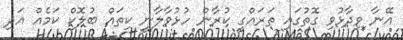
އޭނާ ވިދާޅުވި ގޮތުގައި ތަރައްގީ ކުރާން ހުޅުވާލާނީ ކިތައް ބުލޮކް ކަމެއް އަދި